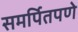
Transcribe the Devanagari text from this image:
समर्पितपणे